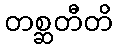
တစ္ဆတီတိ